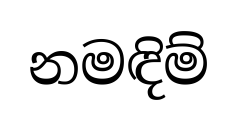
නමඳිම්